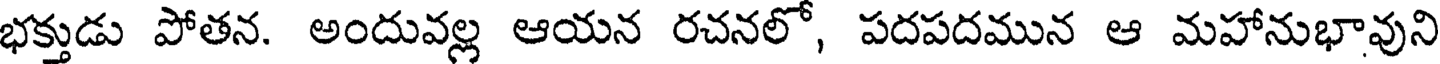
భక్తుడు పోతన. అందువల్ల ఆయన రచనలో, పదపదమున ఆ మహానుభావుని